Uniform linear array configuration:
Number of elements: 16
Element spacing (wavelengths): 0.25
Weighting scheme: hann
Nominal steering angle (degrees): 60
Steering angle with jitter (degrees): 60.813
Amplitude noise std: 0.05
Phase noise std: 0.05

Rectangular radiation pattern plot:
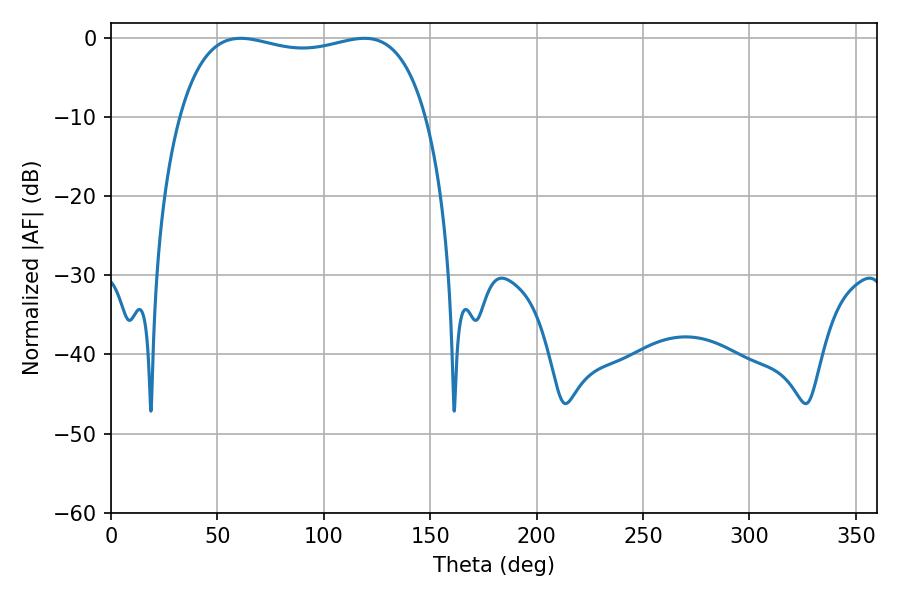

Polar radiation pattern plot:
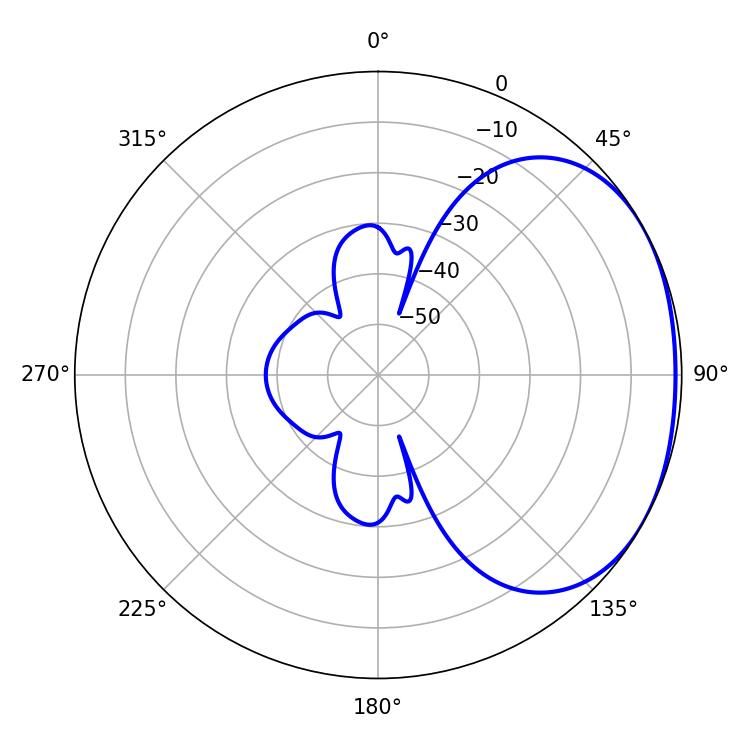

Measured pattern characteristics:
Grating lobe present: FALSE
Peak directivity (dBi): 1.793
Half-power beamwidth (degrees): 94.32
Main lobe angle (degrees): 60.84